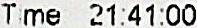
TIME 24:41:00